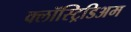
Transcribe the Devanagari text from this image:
क्लॉस्ट्रिडिअम